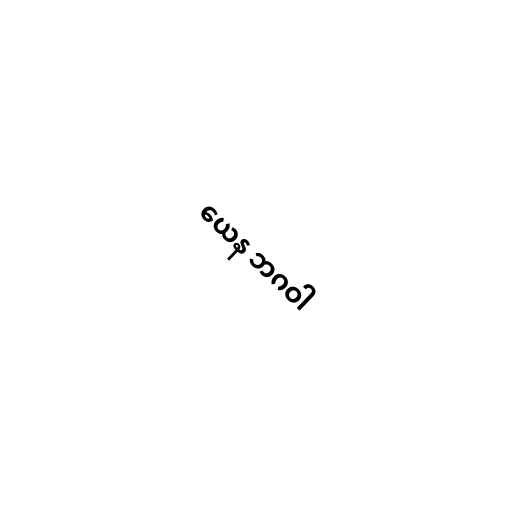
ယေန ဘဂဝါ